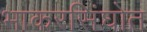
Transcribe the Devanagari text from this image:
भाकरसिंघोत